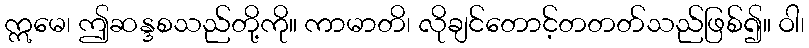
ဣမေ၊ ဤဆန္ဒစသည်တို့ကို။ ကာမာတိ၊ လိုချင်တောင့်တတတ်သည်ဖြစ်၍။ ဝါ၊